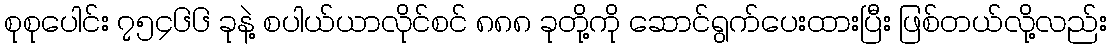
စုစုပေါင်း ၇၅၄၆၆ ခုနဲ့ စပါယ်ယာလိုင်စင် ၈၈၈ ခုတို့ကို ဆောင်ရွက်ပေးထားပြီး ဖြစ်တယ်လို့လည်း